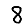
Digit: 8